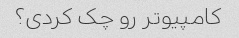
کامپیوتر رو چک کردی؟